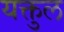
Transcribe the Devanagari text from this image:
यक्तुल